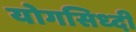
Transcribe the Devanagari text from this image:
योगसिध्दी